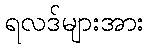
ရလဒ်များအား